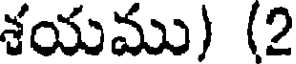
శయము) (2